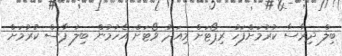
ބިލް ދިރާސާ ކުރުމަށްފަހު ރިޕޯޓަށް މިއަދު ވޯޓަށް އެހުމުން ބިލު ފާސް ކުރުމަށް